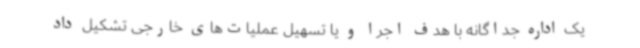
یک اداره جداگانه با هدف اجرا و یا تسهیل عملیات‌های خارجی تشکیل داد